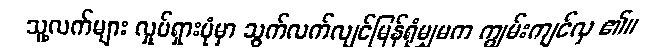
သူ့လက်များ လှုပ်ရှားပုံမှာ သွက်လက်လျင်မြန်ရုံမျှမက ကျွမ်းကျင်လှ ၏။